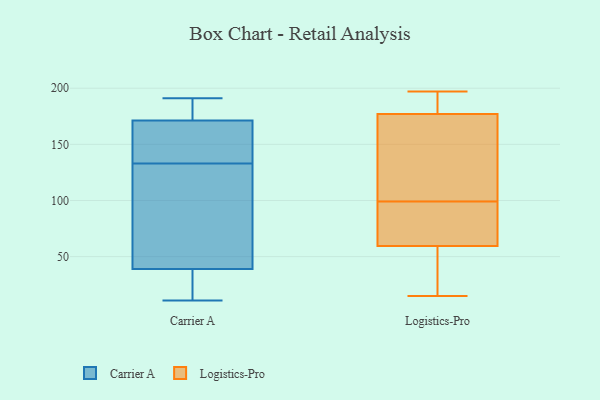
{"axis": {"x": "Active Users", "y": "Value"}, "legend": ["Carrier A", "Logistics-Pro"], "data": [{"x": "", "y": 40, "type": "Carrier A"}, {"x": "", "y": 191, "type": "Carrier A"}, {"x": "", "y": 175, "type": "Carrier A"}, {"x": "", "y": 11, "type": "Carrier A"}, {"x": "", "y": 36, "type": "Carrier A"}, {"x": "", "y": 190, "type": "Carrier A"}, {"x": "", "y": 156, "type": "Carrier A"}, {"x": "", "y": 49, "type": "Carrier A"}, {"x": "", "y": 170, "type": "Carrier A"}, {"x": "", "y": 133, "type": "Carrier A"}, {"x": "", "y": 11, "type": "Carrier A"}, {"x": "", "y": 15, "type": "Carrier A"}, {"x": "", "y": 136, "type": "Carrier A"}, {"x": "", "y": 83, "type": "Carrier A"}, {"x": "", "y": 188, "type": "Carrier A"}, {"x": "", "y": 161, "type": "Carrier A"}, {"x": "", "y": 65, "type": "Carrier A"}, {"x": "", "y": 58, "type": "Logistics-Pro"}, {"x": "", "y": 191, "type": "Logistics-Pro"}, {"x": "", "y": 153, "type": "Logistics-Pro"}, {"x": "", "y": 197, "type": "Logistics-Pro"}, {"x": "", "y": 175, "type": "Logistics-Pro"}, {"x": "", "y": 83, "type": "Logistics-Pro"}, {"x": "", "y": 183, "type": "Logistics-Pro"}, {"x": "", "y": 15, "type": "Logistics-Pro"}, {"x": "", "y": 99, "type": "Logistics-Pro"}, {"x": "", "y": 54, "type": "Logistics-Pro"}, {"x": "", "y": 76, "type": "Logistics-Pro"}, {"x": "", "y": 147, "type": "Logistics-Pro"}, {"x": "", "y": 60, "type": "Logistics-Pro"}]}